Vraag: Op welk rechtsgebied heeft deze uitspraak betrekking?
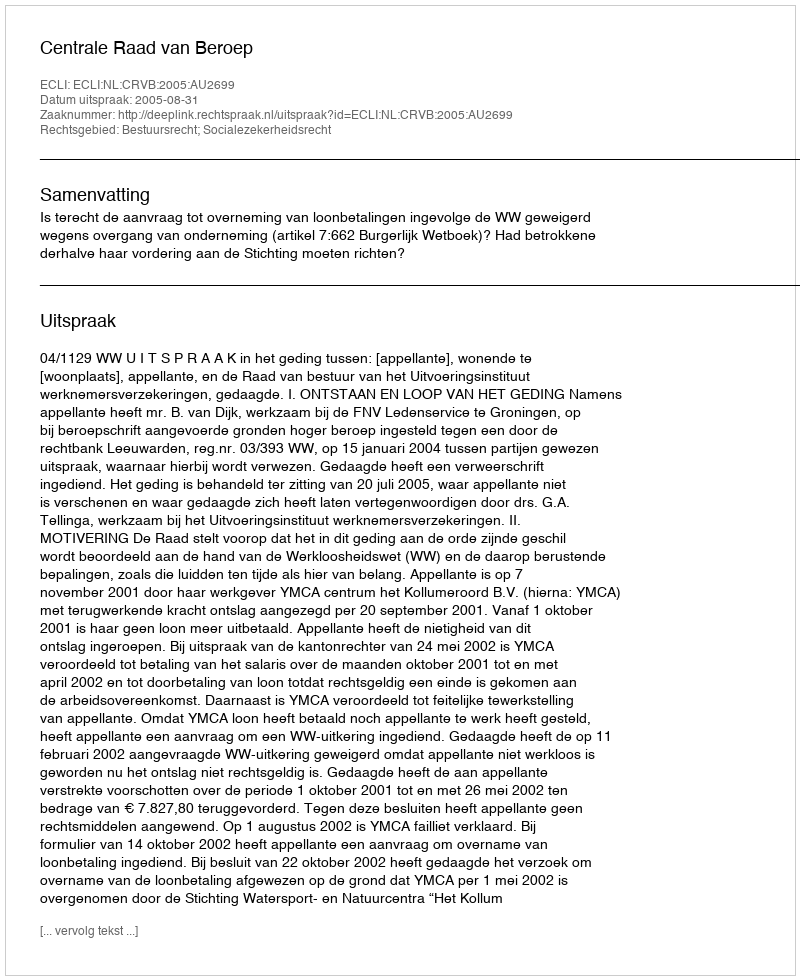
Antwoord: Bestuursrecht; Socialezekerheidsrecht